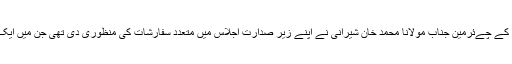
واضع رہے کہ سال 2015 ء میں بھی اسلامی نظریاتی کونسل پاکستان کے اس وقت کے چےئرمین جناب مولانا محمد خان شیرانی نے اپنے زیر صدارت اجلاس میں متعدد سفارشات کی منظوری دی تھی جن میں ایک اہم شفارش یہ تھی کہ’’ بیک وقت تین طلاقیں غیراسلامی اور شریعت کے منافی ہیں۔